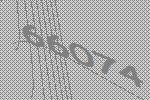
66074